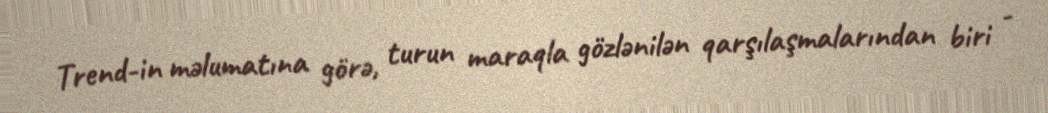
Trend-in məlumatına görə, turun maraqla gözlənilən qarşılaşmalarından biri -